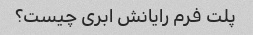
پلت فرم رایانش ابری چیست؟